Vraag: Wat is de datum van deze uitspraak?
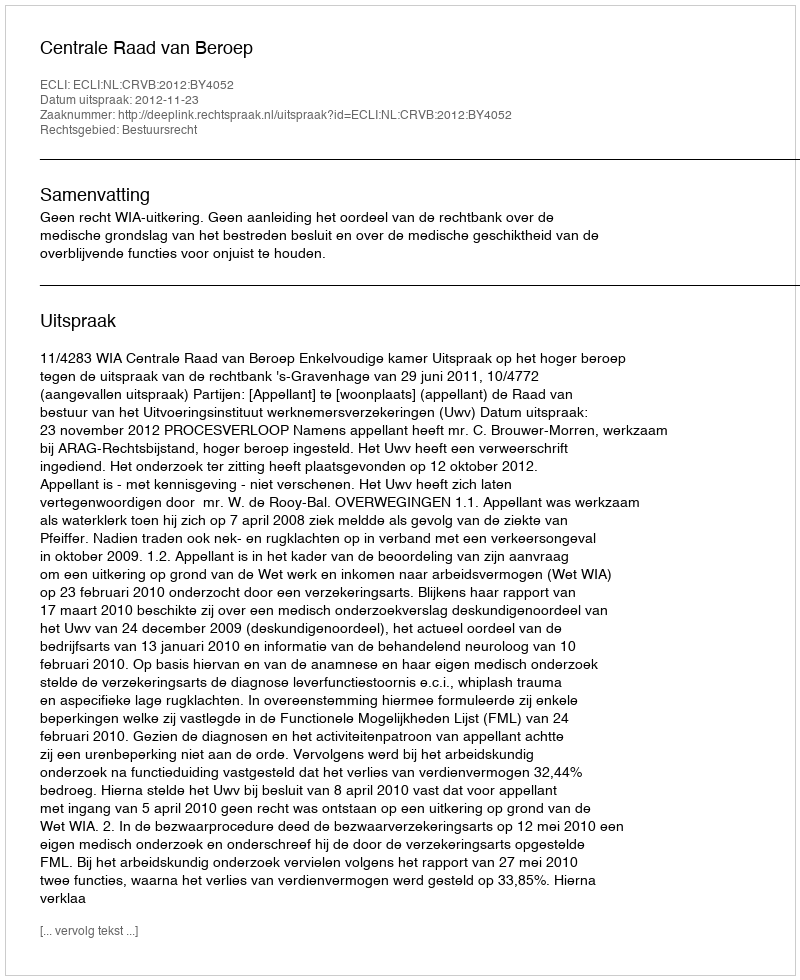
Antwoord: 2012-11-23